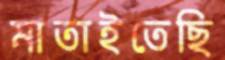
মাতাইতেছি